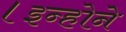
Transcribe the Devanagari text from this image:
।इन्होने